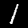
Label: 1